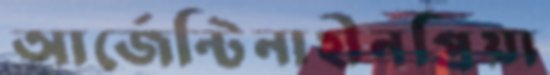
আর্জেন্টিনাহীনপ্রিয়া